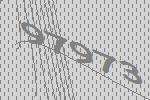
97973